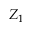
Z _ { 1 }